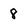
Character: 8